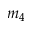
m _ { 4 }